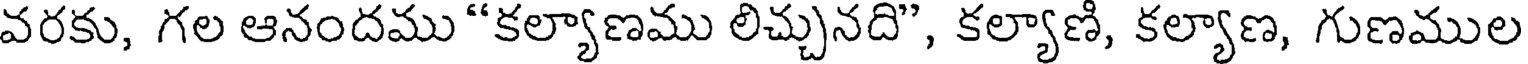
వరకు, గల ఆనందము"కల్యాణము లిచ్చునది", కల్యాణి, కల్యాణ, గుణముల